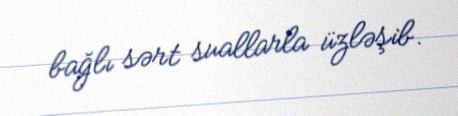
bağlı sərt suallarla üzləşib.